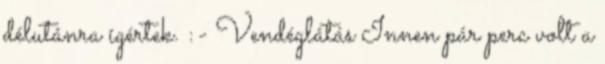
délutánra ígértek. :- Vendéglátás Innen pár perc volt a